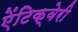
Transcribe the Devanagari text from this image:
ऐंटिक्वेरी